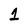
Character: 1